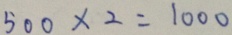
5 0 0 \times 2 = 1 0 0 0